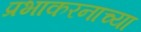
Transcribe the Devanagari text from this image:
प्रभाकरनाच्या